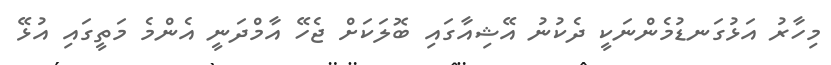
މިހާރު އަޅުގަނޑުމެންނަކީ ދެކުނު އޭޝިއާގައި ބޮލަކަށް ޖެހޭ އާމްދަނީ އެންމެ މަތީގައި އުޅޭ